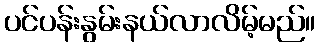
ပင်ပန်းနွမ်းနယ်လာလိမ့်မည်။